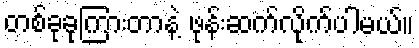
တစ်ခုခုကြားတာနဲ့ ဖုန်းဆက်လိုက်ပါမယ်။